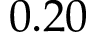
0 . 2 0